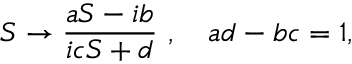
S \rightarrow \frac { a S - i b } { i c S + d } \ , \quad a d - b c = 1 ,